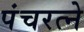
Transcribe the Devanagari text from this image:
पंचरत्‍ने